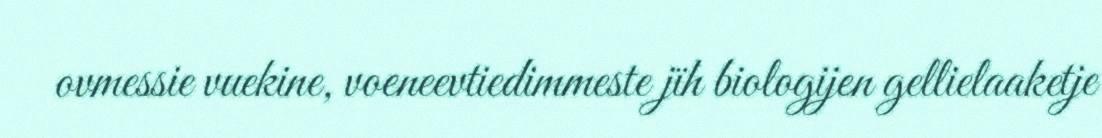
ovmessie vuekine, voeneevtiedimmeste jïh biologijen gellielaaketje